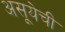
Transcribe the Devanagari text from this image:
असूयेची